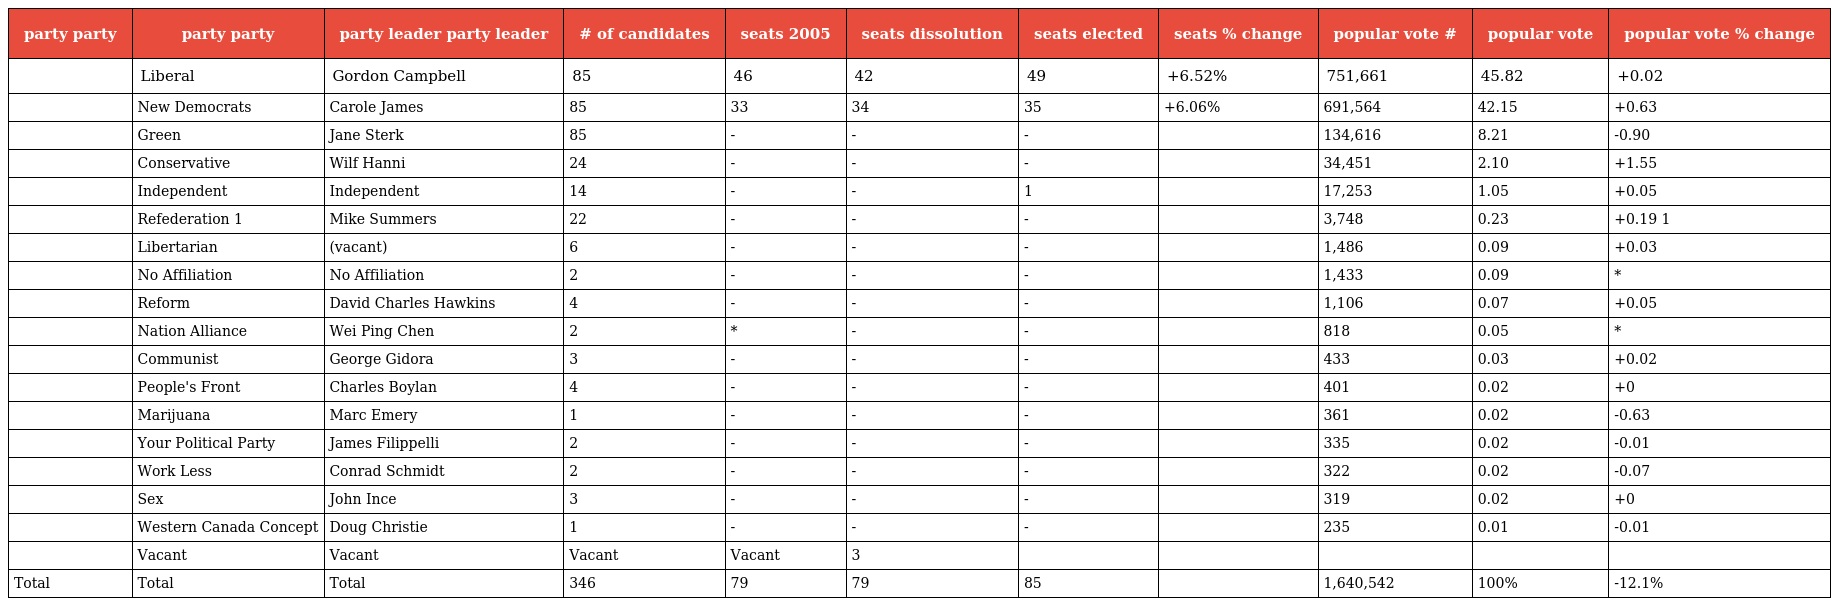
| party party | party party | party leader party leader | # of candidates | seats 2005 | seats dissolution | seats elected | seats % change | popular vote # | popular vote | popular vote % change |
 | --- | --- | --- | --- | --- | --- | --- | --- | --- | --- | --- |
 |  | Liberal | Gordon Campbell | 85 | 46 | 42 | 49 | +6.52% | 751,661 | 45.82 | +0.02 |
 |  | New Democrats | Carole James | 85 | 33 | 34 | 35 | +6.06% | 691,564 | 42.15 | +0.63 |
 |  | Green | Jane Sterk | 85 | - | - | - |  | 134,616 | 8.21 | -0.90 |
 |  | Conservative | Wilf Hanni | 24 | - | - | - |  | 34,451 | 2.10 | +1.55 |
 |  | Independent | Independent | 14 | - | - | 1 |  | 17,253 | 1.05 | +0.05 |
 |  | Refederation 1 | Mike Summers | 22 | - | - | - |  | 3,748 | 0.23 | +0.19 1 |
 |  | Libertarian | (vacant) | 6 | - | - | - |  | 1,486 | 0.09 | +0.03 |
 |  | No Affiliation | No Affiliation | 2 | - | - | - |  | 1,433 | 0.09 | * |
 |  | Reform | David Charles Hawkins | 4 | - | - | - |  | 1,106 | 0.07 | +0.05 |
 |  | Nation Alliance | Wei Ping Chen | 2 | * | - | - |  | 818 | 0.05 | * |
 |  | Communist | George Gidora | 3 | - | - | - |  | 433 | 0.03 | +0.02 |
 |  | People's Front | Charles Boylan | 4 | - | - | - |  | 401 | 0.02 | +0 |
 |  | Marijuana | Marc Emery | 1 | - | - | - |  | 361 | 0.02 | -0.63 |
 |  | Your Political Party | James Filippelli | 2 | - | - | - |  | 335 | 0.02 | -0.01 |
 |  | Work Less | Conrad Schmidt | 2 | - | - | - |  | 322 | 0.02 | -0.07 |
 |  | Sex | John Ince | 3 | - | - | - |  | 319 | 0.02 | +0 |
 |  | Western Canada Concept | Doug Christie | 1 | - | - | - |  | 235 | 0.01 | -0.01 |
 |  | Vacant | Vacant | Vacant | Vacant | 3 |  |  |  |  |  |
 | Total | Total | Total | 346 | 79 | 79 | 85 |  | 1,640,542 | 100% | -12.1% |